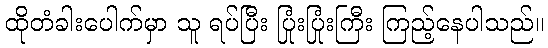
ထိုတံခါးပေါက်မှာ သူ ရပ်ပြီး ပြုံးပြုံးကြီး ကြည့်နေပါသည်။